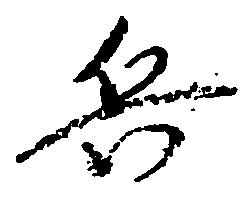
兵